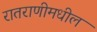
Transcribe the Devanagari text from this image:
रातराणीमधील